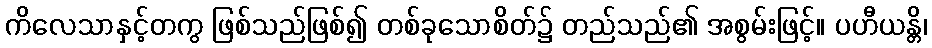
ကိလေသာနှင့်တကွ ဖြစ်သည်ဖြစ်၍ တစ်ခုသောစိတ်၌ တည်သည်၏ အစွမ်းဖြင့်။ ပဟီယန္တိ၊